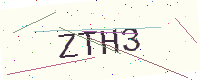
Text: ZTH3